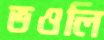
ভওলি